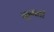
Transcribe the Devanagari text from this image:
कुगती